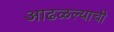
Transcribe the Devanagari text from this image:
आढळल्याची